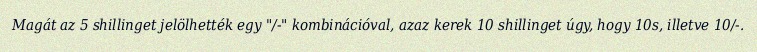
Magát az 5 shillinget jelölhették egy "/-" kombinációval, azaz kerek 10 shillinget úgy, hogy 10s, illetve 10/-.